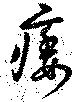
痿